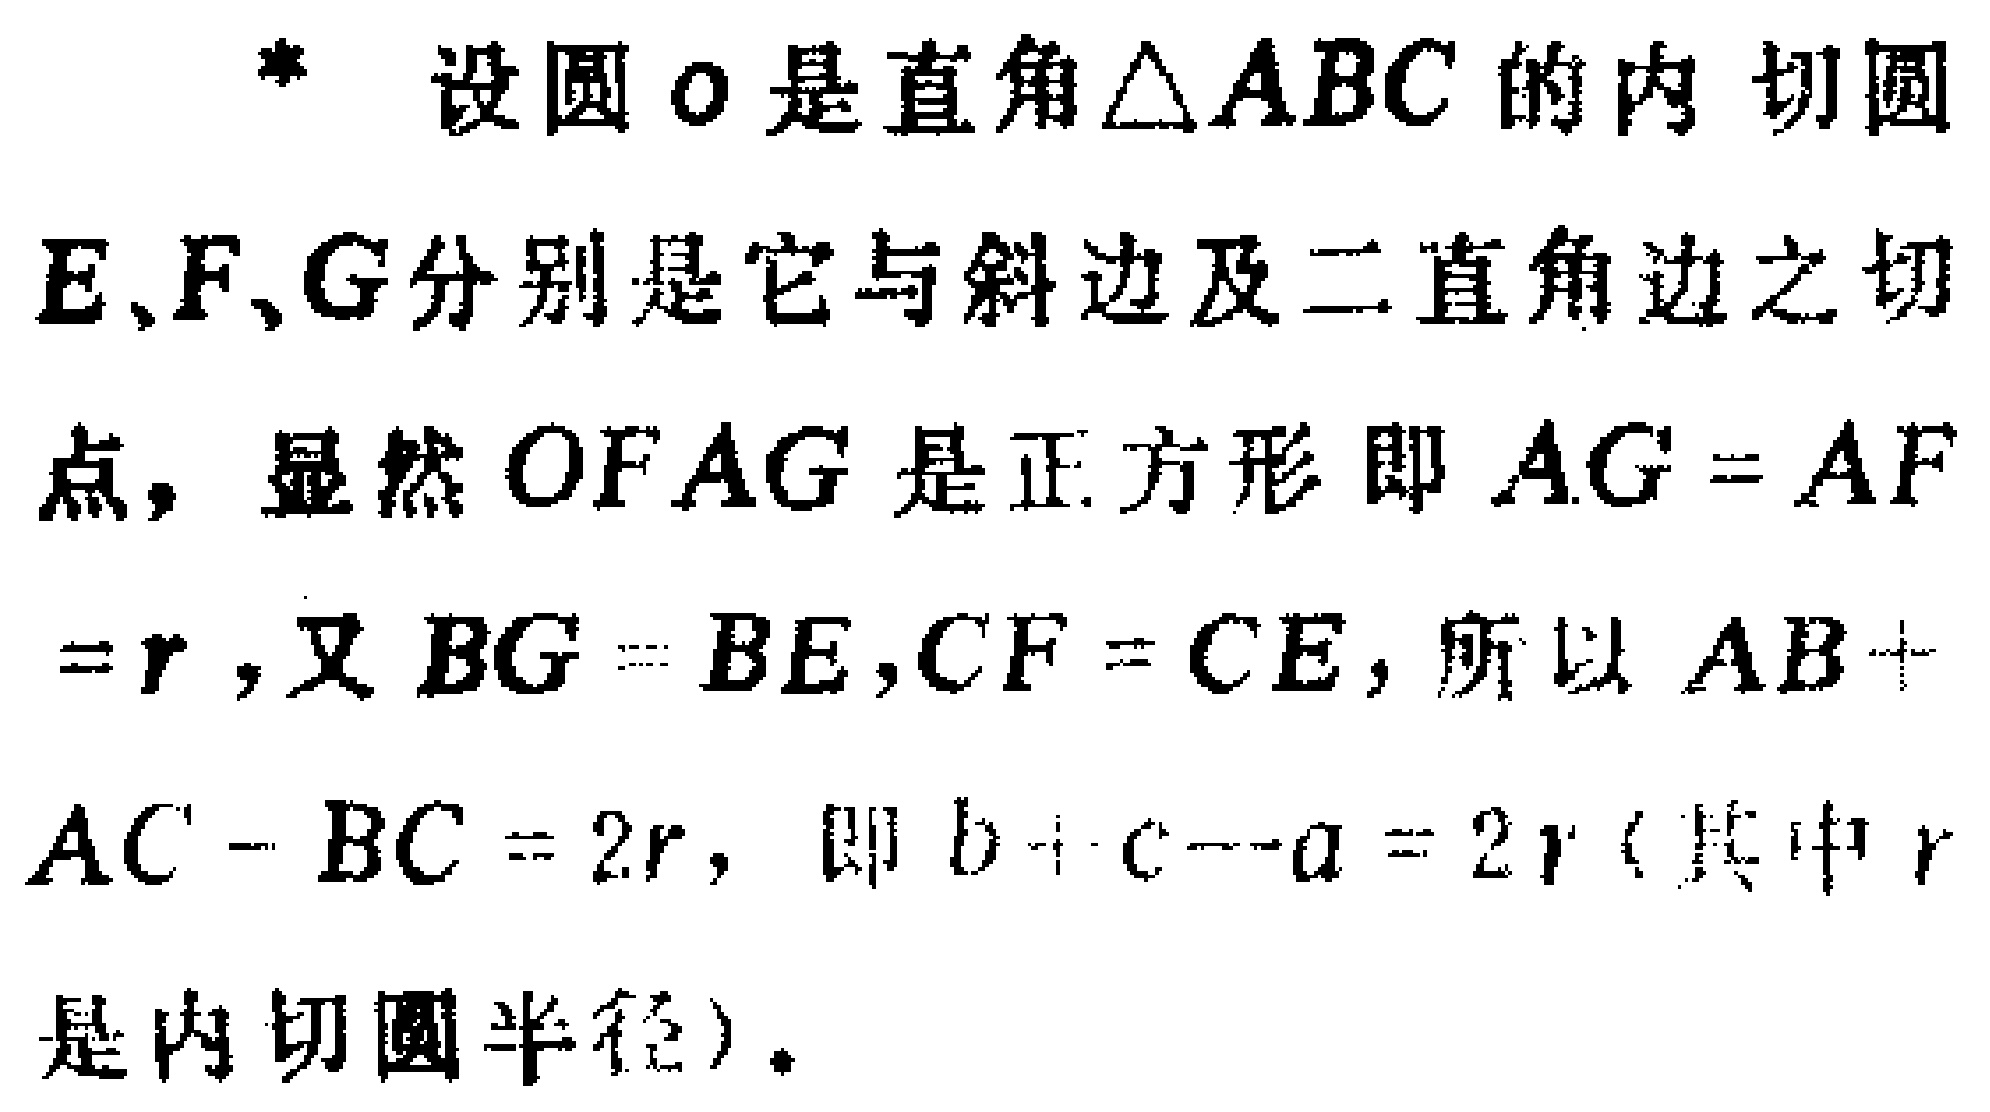
设圆$o$是直角$\triangle ABC$的内切圆

$E,F,G$分别是它与斜边及二直角边之切

点，显然$OFAG$是正方形即$AG = AF$

$=r$，又$BG = BE,CF = CE$，所以$AB +$

$AC - BC = 2r$，即$b + c - a = 2r$（其中$r$

是内切圆半径）。